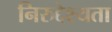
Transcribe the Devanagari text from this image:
निरुद्देश्यता